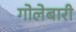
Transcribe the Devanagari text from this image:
गोलेबारी